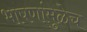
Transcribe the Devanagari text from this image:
भाषणांमुळेच